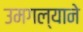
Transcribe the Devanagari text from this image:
उमगल्याने